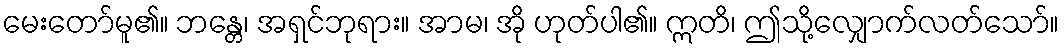
မေးတော်မူ၏။ ဘန္တေ၊ အရှင်ဘုရား။ အာမ၊ အို ဟုတ်ပါ၏။ ဣတိ၊ ဤသို့လျှောက်လတ်သော်။